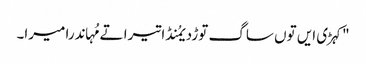
"کہڑی ایں توں ساگ توڑدیمُنڈا تیرا تے مُہاندرا میرا۔